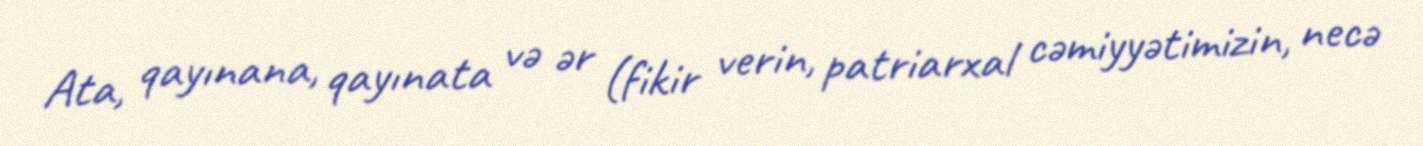
Ata, qayınana, qayınata və ər (fikir verin, patriarxal cəmiyyətimizin, necə